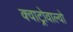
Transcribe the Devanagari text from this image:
क्वाट्रोवाल्वो